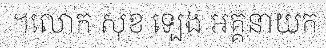
។លោក សុខ ទ្បេង អគ្គនាយក